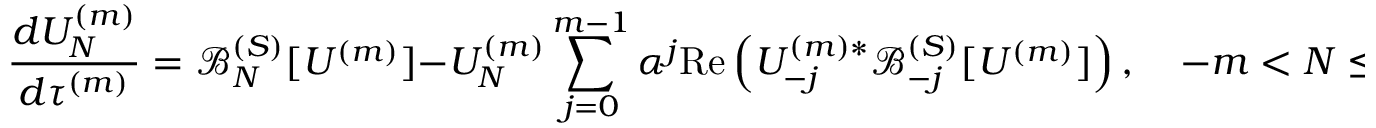
\frac { d U _ { N } ^ { ( m ) } } { d \tau ^ { ( m ) } } = \mathcal { B } _ { N } ^ { ( S ) } [ U ^ { ( m ) } ] - U _ { N } ^ { ( m ) } \sum _ { j = 0 } ^ { m - 1 } \alpha ^ { j } \mathrm { R e } \left( U _ { - j } ^ { ( m ) * } \mathcal { B } _ { - j } ^ { ( S ) } [ U ^ { ( m ) } ] \right) , \quad - m < N \le S ,